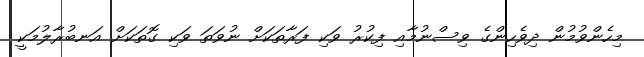
މިހެންވުމުން ދިވެހިންގެ ވިސްނުމާއި ފިކުރު ވަކި ފަރާތަކަށް ނުވަތަ ވަކި ގޮތަކަށް އަނބުރާލުމަކީ